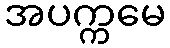
အပက္ကမေ